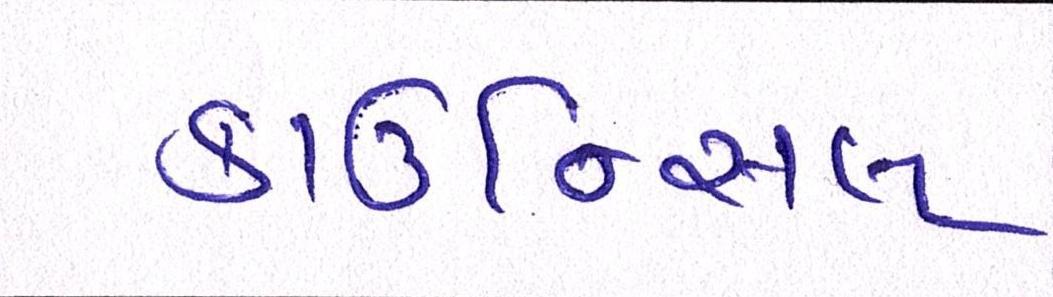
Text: કાઉન્સિલ